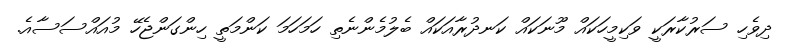
ދިވެހި ސަރުކާރަކީ ވަކިމީހަކައް މޫނަކައް ކަނދުރާއަކައް ބެލުމެންނެތި ހަމަހަމަ ކަންމަތީ ހިންގަންޖެހޭ މުއައްސަސާއެ.